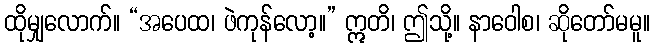
ထိုမျှလောက်။ “အပေထ၊ ဖဲကုန်လော့။” ဣတိ၊ ဤသို့။ နာဝေါစ၊ ဆိုတော်မမူ။